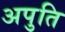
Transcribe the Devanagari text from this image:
अपुति